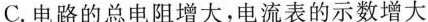
C.电路的总电阻增大，电流表的示数增大